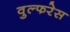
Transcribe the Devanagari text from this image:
वुल्फरेस